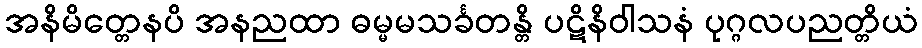
အနိမိတ္တေနပိ အနညထာ ဓမ္မမသင်္ခတန္တိ ပဋိနိဝါသနံ ပုဂ္ဂလပညတ္တိယံ